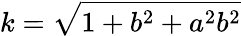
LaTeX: k=\sqrt{1+b^{2}+a^{2}b^{2}}